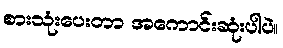
စားသုံးပေးတာ အကောင်းဆုံးပါပဲ။